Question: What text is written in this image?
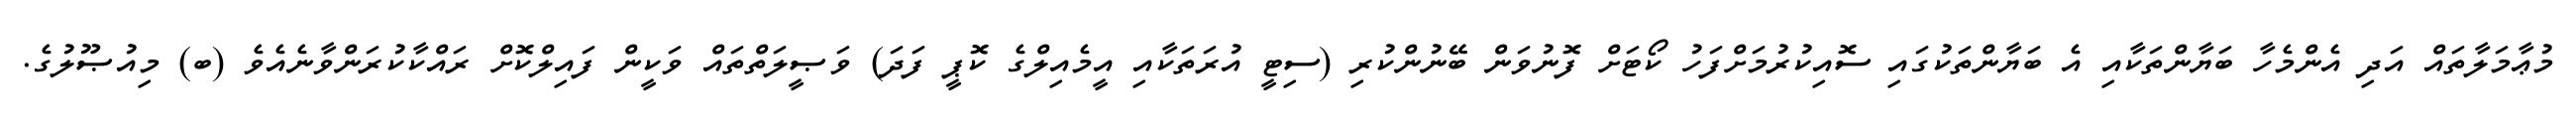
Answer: މުޢާމަލާތައް އަދި އެންމެހާ ބަޔާންތަކާއި އެ ބަޔާންތަކުގައި ސޮއިކުރުމަށްފަހު ކޯޓަށް ފޮނުވަން ބޭނުންކުރި (ސިޓީ އުރަތަކާއި އީމެއިލްގެ ކޮޕީ ފަދަ) ވަޞީލަތްތައް ވަކީން ފައިލްކޮށް ރައްކާކުރަންވާނެއެވެ (ބ) މިއުޞޫލުގެ.